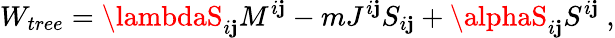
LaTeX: W_{tree}=\lambdaS_{i\mathbf{j}}M^{i\mathbf{j}}-mJ^{i\mathbf{j}}S_{i\mathbf{j}}+\alphaS_{i\mathbf{j}}S^{i\mathbf{j}}\ ,